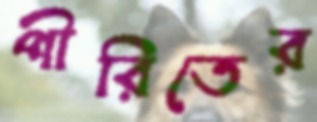
পীরিতের